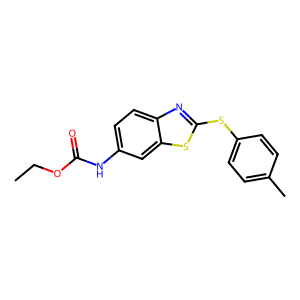
SMILES: CCOC(=O)Nc1ccc2nc(Sc3ccc(C)cc3)sc2c1
Inhibits HIV replication: No